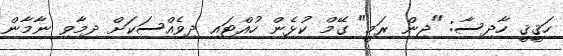
ހަޤީޤީ ހާދިސާ: "ޖިން ރަމީ" ގޭމް ކުޅެން ހުއްޓައި ދިވެއްސަކަށް ދިމާވި ނާމާން